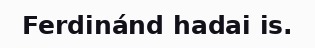
Ferdinánd hadai is.